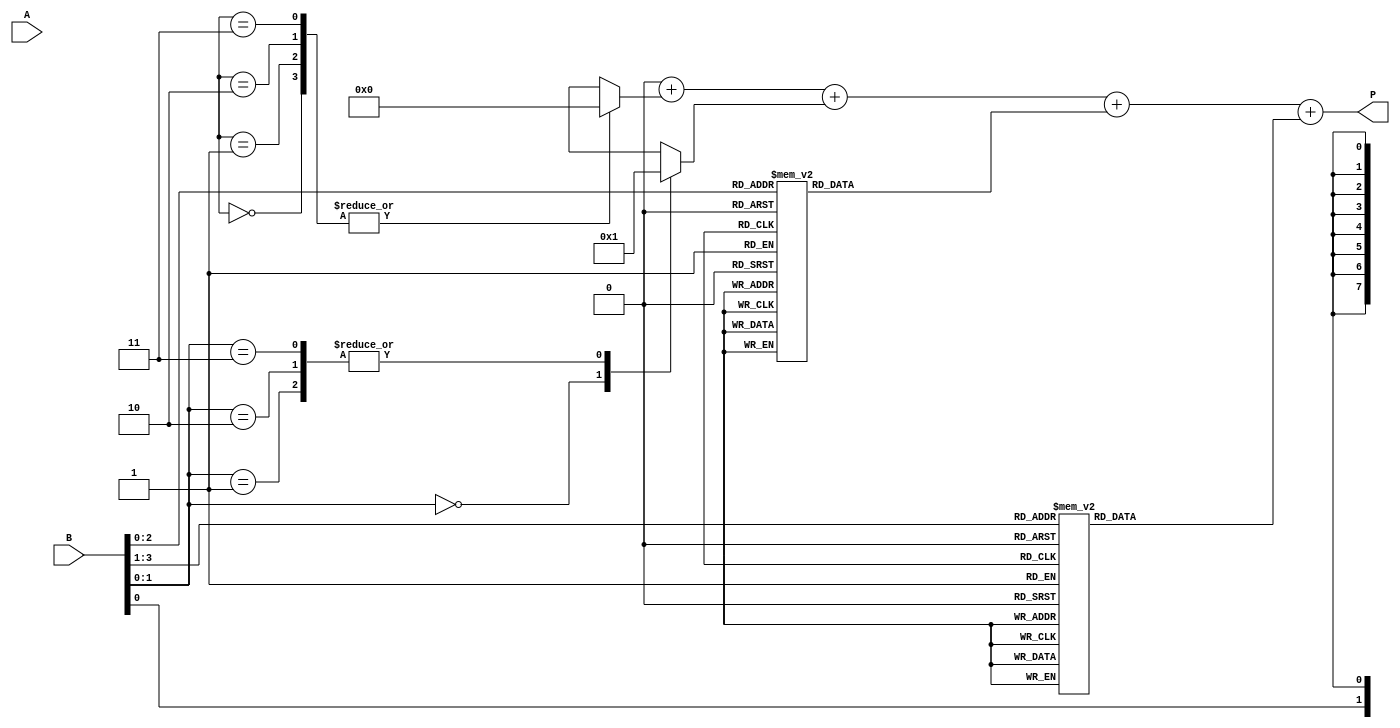
module modified_booth_multiplier #(parameter N = 4) (
    input  wire [N-1:0] A,   // Multiplicand
    input  wire [N-1:0] B,   // Multiplier
    output reg [2*N-1:0] P   // Product
);
    reg [2*N-1:0] partial_product [0:N]; // Store partial products
    reg [N+1:0] B_ext; // Extended multiplier for Booth encoding
    integer i;

    always @* begin
        // Initialize the product and extended multiplier
        P = 0;
        B_ext = {1'b0, B, 1'b0}; // Extend B with an extra bit for encoding

        // Generate partial products based on Booth encoding
        for (i = 0; i < N; i = i + 1) begin
            case (B_ext[i+1:i-1]) // Evaluate groups of 3 bits
                3'b000: partial_product[i] = 0;
                3'b001: partial_product[i] = {A, i}; // Add A
                3'b010: partial_product[i] = {A, i}; // Add A
                3'b011: partial_product[i] = {A, i}; // Add A
                3'b100: partial_product[i] = {-A, i}; // Subtract A
                3'b101: partial_product[i] = {-A, i}; // Subtract A
                3'b110: partial_product[i] = {-A, i}; // Subtract A
                3'b111: partial_product[i] = {-A, i}; // Subtract A
                default: partial_product[i] = 0;
            endcase
        end

        // Sum the partial products
        for (i = 0; i < N; i = i + 1) begin
            P = P + partial_product[i];
        end
    end

endmodule